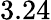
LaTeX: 3.24